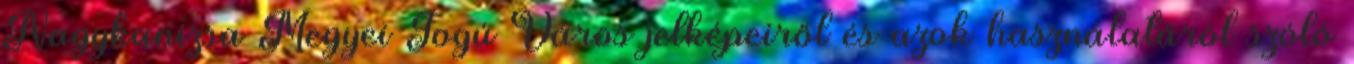
Nagykanizsa Megyei Jogú Város jelképeiről és azok használatáról szóló